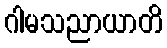
ဂါမသညာယာတိ